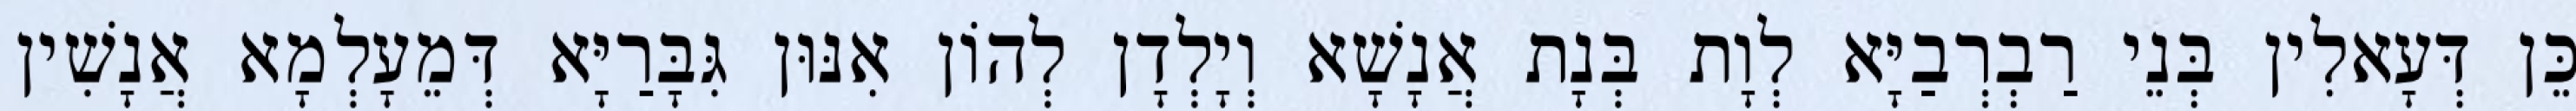
כֵּן דְּעָאלִין בְּנֵי רַבְרְבַיָּא לְוָת בְּנָת אֲנָשָׁא וְיָלְדָן לְהוֹן אִנּוּן גִּבָּרַיָּא דְּמֵעָלְמָא אֲנָשִׁין